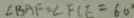
\angle B A F = \angle F C E = 6 0 ^ { \circ }